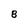
Character: 8